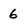
Character: 6